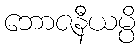
ဘောဇနီယမ္ပိ